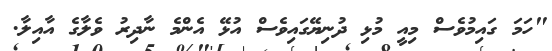
"ހަމަ ގައިމުވެސް މިއީ މުޅި ދުނިޔޭގައިވެސް އުޅޭ އެންމެ ނާދިރު ވެލާގެ އާއިލާ.